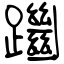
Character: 躖